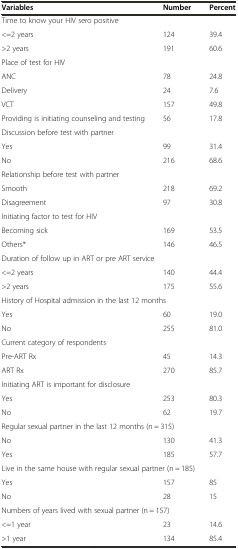
<table><thead><tr><td><b>Variables</b></td><td><b>Number</b></td><td><b>Percent</b></td></tr></thead><tbody><tr><td colspan="3">Time to know your HIV sero positive</td></tr><tr><td>&lt;=2 years</td><td>124</td><td>39.4</td></tr><tr><td>&gt;2 years</td><td>191</td><td>60.6</td></tr><tr><td colspan="3">Place of test for HIV</td></tr><tr><td>ANC</td><td>78</td><td>24.8</td></tr><tr><td>Delivery</td><td>24</td><td>7.6</td></tr><tr><td>VCT</td><td>157</td><td>49.8</td></tr><tr><td>Providing is initiating counseling and testing</td><td>56</td><td>17.8</td></tr><tr><td colspan="3">Discussion before test with partner</td></tr><tr><td>Yes</td><td>99</td><td>31.4</td></tr><tr><td>No</td><td>216</td><td>68.6</td></tr><tr><td colspan="3">Relationship before test with partner</td></tr><tr><td>Smooth</td><td>218</td><td>69.2</td></tr><tr><td>Disagreement</td><td>97</td><td>30.8</td></tr><tr><td colspan="3">Initiating factor to test for HIV</td></tr><tr><td>Becoming sick</td><td>169</td><td>53.5</td></tr><tr><td>Others*</td><td>146</td><td>46.5</td></tr><tr><td colspan="3">Duration of follow up in ART or pre ART service</td></tr><tr><td>&lt;=2 years</td><td>140</td><td>44.4</td></tr><tr><td>&gt;2 years</td><td>175</td><td>55.6</td></tr><tr><td colspan="3">History of Hospital admission in the last 12 months</td></tr><tr><td>Yes</td><td>60</td><td>19.0</td></tr><tr><td>No</td><td>255</td><td>81.0</td></tr><tr><td colspan="3">Current category of respondents</td></tr><tr><td>Pre-ART Rx</td><td>45</td><td>14.3</td></tr><tr><td>ART Rx</td><td>270</td><td>85.7</td></tr><tr><td colspan="3">Initiating ART is important for disclosure</td></tr><tr><td>Yes</td><td>253</td><td>80.3</td></tr><tr><td>No</td><td>62</td><td>19.7</td></tr><tr><td colspan="3">Regular sexual partner in the last 12 months (n = 315)</td></tr><tr><td>No</td><td>130</td><td>41.3</td></tr><tr><td>Yes</td><td>185</td><td>57.7</td></tr><tr><td colspan="3">Live in the same house with regular sexual partner (n = 185)</td></tr><tr><td>Yes</td><td>157</td><td>85</td></tr><tr><td>No</td><td>28</td><td>15</td></tr><tr><td colspan="3">Numbers of years lived with sexual partner (n = 157)</td></tr><tr><td>&lt;=1 year</td><td>23</td><td>14.6</td></tr><tr><td>&gt;1 year</td><td>134</td><td>85.4</td></tr></tbody></table>